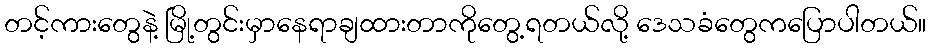
တင့်ကားတွေနဲ့ မြို့တွင်းမှာနေရာချထားတာကိုတွေ့ရတယ်လို့ ဒေသခံတွေကပြောပါတယ်။